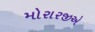
મોરારજીએ